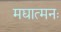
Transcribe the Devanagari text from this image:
मद्यात्मनः